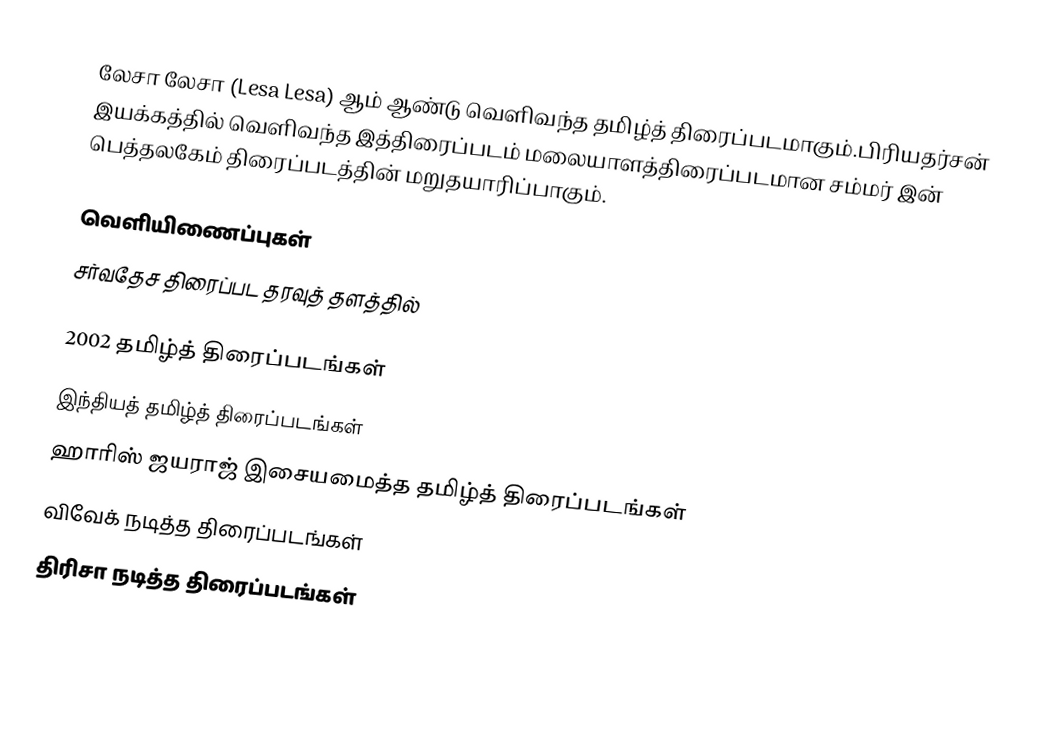
லேசா லேசா (Lesa Lesa) ஆம் ஆண்டு வெளிவந்த தமிழ்த் திரைப்படமாகும்.பிரியதர்சன் இயக்கத்தில் வெளிவந்த இத்திரைப்படம் மலையாளத்திரைப்படமான சம்மர் இன் பெத்தலகேம் திரைப்படத்தின் மறுதயாரிப்பாகும்.

வெளியிணைப்புகள்
சர்வதேச திரைப்பட தரவுத் தளத்தில்

2002 தமிழ்த் திரைப்படங்கள்
இந்தியத் தமிழ்த் திரைப்படங்கள்
ஹாரிஸ் ஜயராஜ் இசையமைத்த தமிழ்த் திரைப்படங்கள்
விவேக் நடித்த திரைப்படங்கள்
திரிசா நடித்த திரைப்படங்கள்